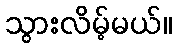
သွားလိမ့်မယ်။